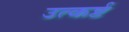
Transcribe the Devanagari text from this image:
उत्कर्ष्ट